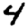
Digit: 4